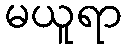
မယူရာ